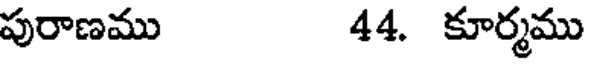
పురాణము 44. కూర్మము